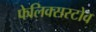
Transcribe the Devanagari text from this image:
फेलिक्सस्टोव